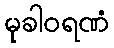
မုခါဝရဏံ